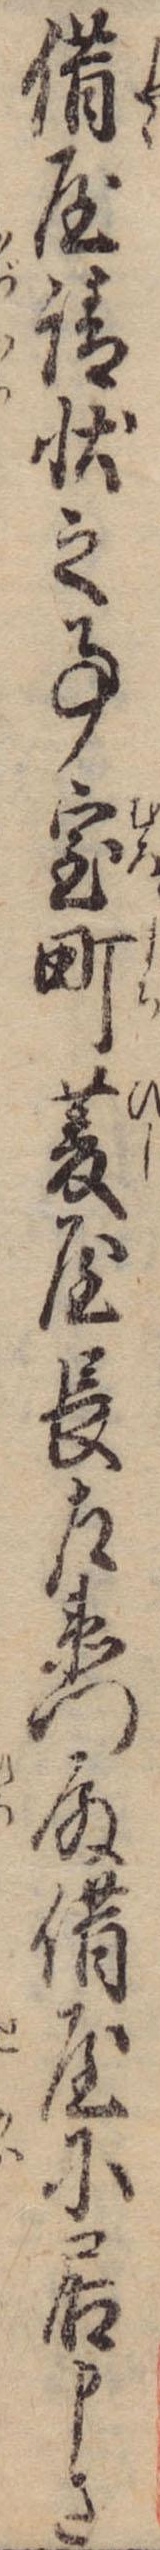
借屋請状之事室町菱屋長佐衛門殿借屋に居申さ